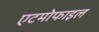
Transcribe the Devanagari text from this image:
एटमोफाइल